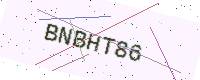
Text: BNBHT86